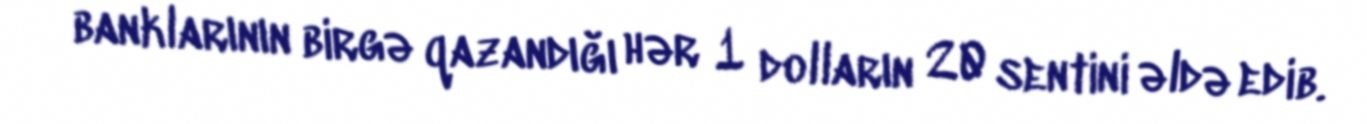
banklarının birgə qazandığı hər 1 dolların 20 sentini əldə edib.